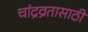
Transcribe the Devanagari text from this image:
चांद्रव्रतासाठी